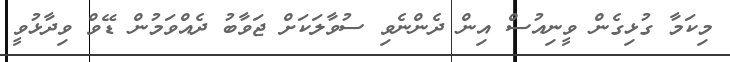
މިކަމާ ގުޅިގެން ވީނިއުސް އިން ދެންނެވި ސުވާލަކަށް ޖަވާބު ދެއްވަމުން ޑޭވް ވިދާޅުވީ